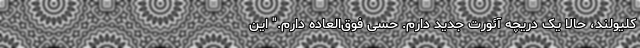
کلیولند، حالا یک دریچه آئورت جدید دارم. حسی فوق‌العاده دارم." این